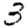
Digit: 3